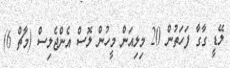
ލޭޑީ ގާގާ ފަހަތުން 20 މިލިއަން މީހުން ލޮސް އެންޖެލިސް (މާޗް 6)